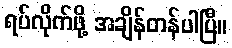
ရပ်လိုက်ဖို့ အချိန်တန်ပါပြီ။